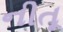
નીતૂ